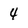
Character: 4